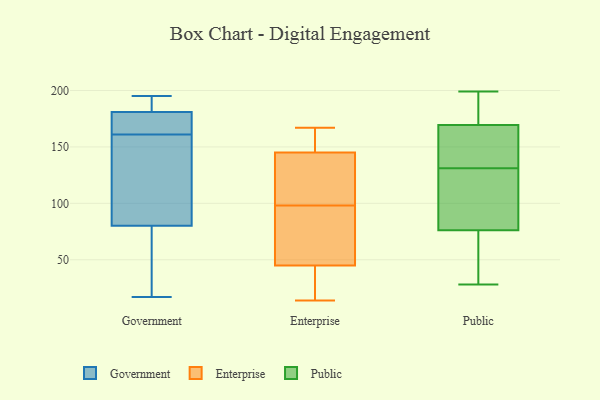
{"axis": {"x": "Headcount", "y": "Value"}, "legend": ["Enterprise", "Government", "Public"], "data": [{"x": "", "y": 193, "type": "Government"}, {"x": "", "y": 93, "type": "Government"}, {"x": "", "y": 53, "type": "Government"}, {"x": "", "y": 36, "type": "Government"}, {"x": "", "y": 17, "type": "Government"}, {"x": "", "y": 161, "type": "Government"}, {"x": "", "y": 163, "type": "Government"}, {"x": "", "y": 66, "type": "Government"}, {"x": "", "y": 189, "type": "Government"}, {"x": "", "y": 195, "type": "Government"}, {"x": "", "y": 147, "type": "Government"}, {"x": "", "y": 76, "type": "Government"}, {"x": "", "y": 182, "type": "Government"}, {"x": "", "y": 189, "type": "Government"}, {"x": "", "y": 178, "type": "Government"}, {"x": "", "y": 170, "type": "Government"}, {"x": "", "y": 164, "type": "Government"}, {"x": "", "y": 97, "type": "Government"}, {"x": "", "y": 129, "type": "Government"}, {"x": "", "y": 167, "type": "Enterprise"}, {"x": "", "y": 147, "type": "Enterprise"}, {"x": "", "y": 106, "type": "Enterprise"}, {"x": "", "y": 24, "type": "Enterprise"}, {"x": "", "y": 55, "type": "Enterprise"}, {"x": "", "y": 14, "type": "Enterprise"}, {"x": "", "y": 50, "type": "Enterprise"}, {"x": "", "y": 145, "type": "Enterprise"}, {"x": "", "y": 155, "type": "Enterprise"}, {"x": "", "y": 106, "type": "Enterprise"}, {"x": "", "y": 45, "type": "Enterprise"}, {"x": "", "y": 92, "type": "Enterprise"}, {"x": "", "y": 43, "type": "Enterprise"}, {"x": "", "y": 104, "type": "Enterprise"}, {"x": "", "y": 28, "type": "Public"}, {"x": "", "y": 176, "type": "Public"}, {"x": "", "y": 104, "type": "Public"}, {"x": "", "y": 150, "type": "Public"}, {"x": "", "y": 184, "type": "Public"}, {"x": "", "y": 76, "type": "Public"}, {"x": "", "y": 137, "type": "Public"}, {"x": "", "y": 131, "type": "Public"}, {"x": "", "y": 77, "type": "Public"}, {"x": "", "y": 199, "type": "Public"}, {"x": "", "y": 30, "type": "Public"}]}